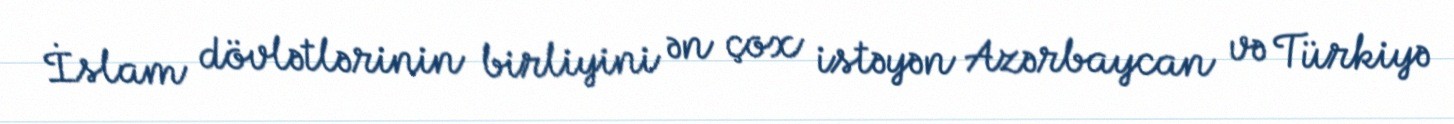
İslam dövlətlərinin birliyini ən çox istəyən Azərbaycan və Türkiyə